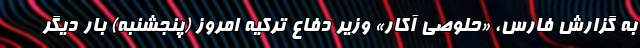
به گزارش فارس، «حلوصی آکار» وزیر دفاع ترکیه امروز (پنجشنبه) بار دیگر